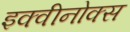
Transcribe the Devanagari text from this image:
इक्वीनोक्स